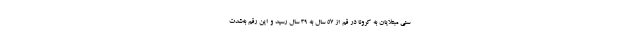
سنی مبتلایان به کرونا در قم از 57 سال به 39 سال رسید و این رقم به‌شدت